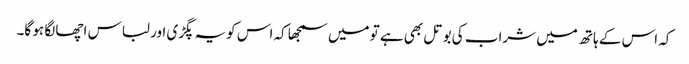
کہ اس کے ہاتھ میں شراب کی بوتل بھی ہے تو میں سمجھا کہ اس کویہ پگڑی اور لباس اچھا لگا ہو گا۔